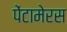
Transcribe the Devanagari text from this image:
पेंटामेरस